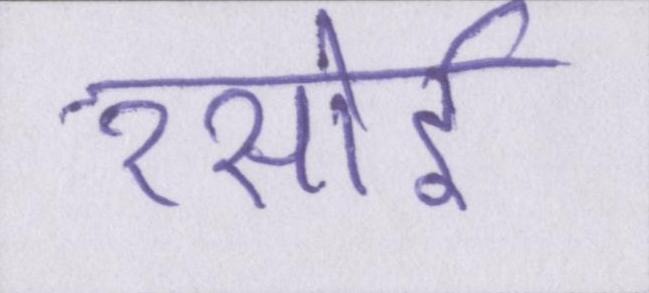
रसोई